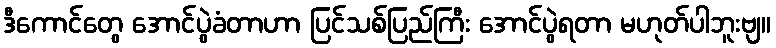
ဒီကောင်တွေ အောင်ပွဲခံတာဟာ ပြင်သစ်ပြည်ကြီး အောင်ပွဲရတာ မဟုတ်ပါဘူးဗျ။